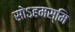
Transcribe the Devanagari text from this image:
सोऽहमस्मि